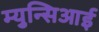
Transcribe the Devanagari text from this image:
म्युन्सिआई